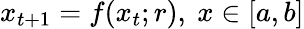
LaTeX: x_{t+1}=f(x_{t};r),\ x\in[a,b]